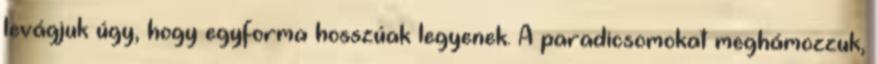
levágjuk úgy, hogy egyforma hosszúak legyenek. A paradicsomokat meghámozzuk,